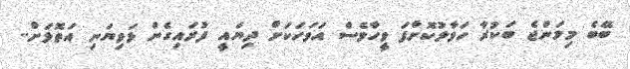
ބޭބެ މިމަންޖެ ބަކުރާ ހަވާލުކޮށްފަ ވީހާވެސް އަވަހަކަށް ދިޔައީ ފުރައިގެން ޅަވިޔަނި އަތޮޅަށް..